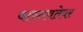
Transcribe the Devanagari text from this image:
वास्तवतेवर